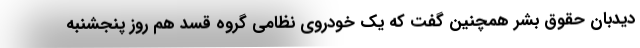
دیدبان حقوق بشر همچنین گفت که یک خودروی نظامی گروه قسد هم روز پنجشنبه